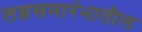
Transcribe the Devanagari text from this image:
लग्नसमारंभातील